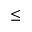
\leq